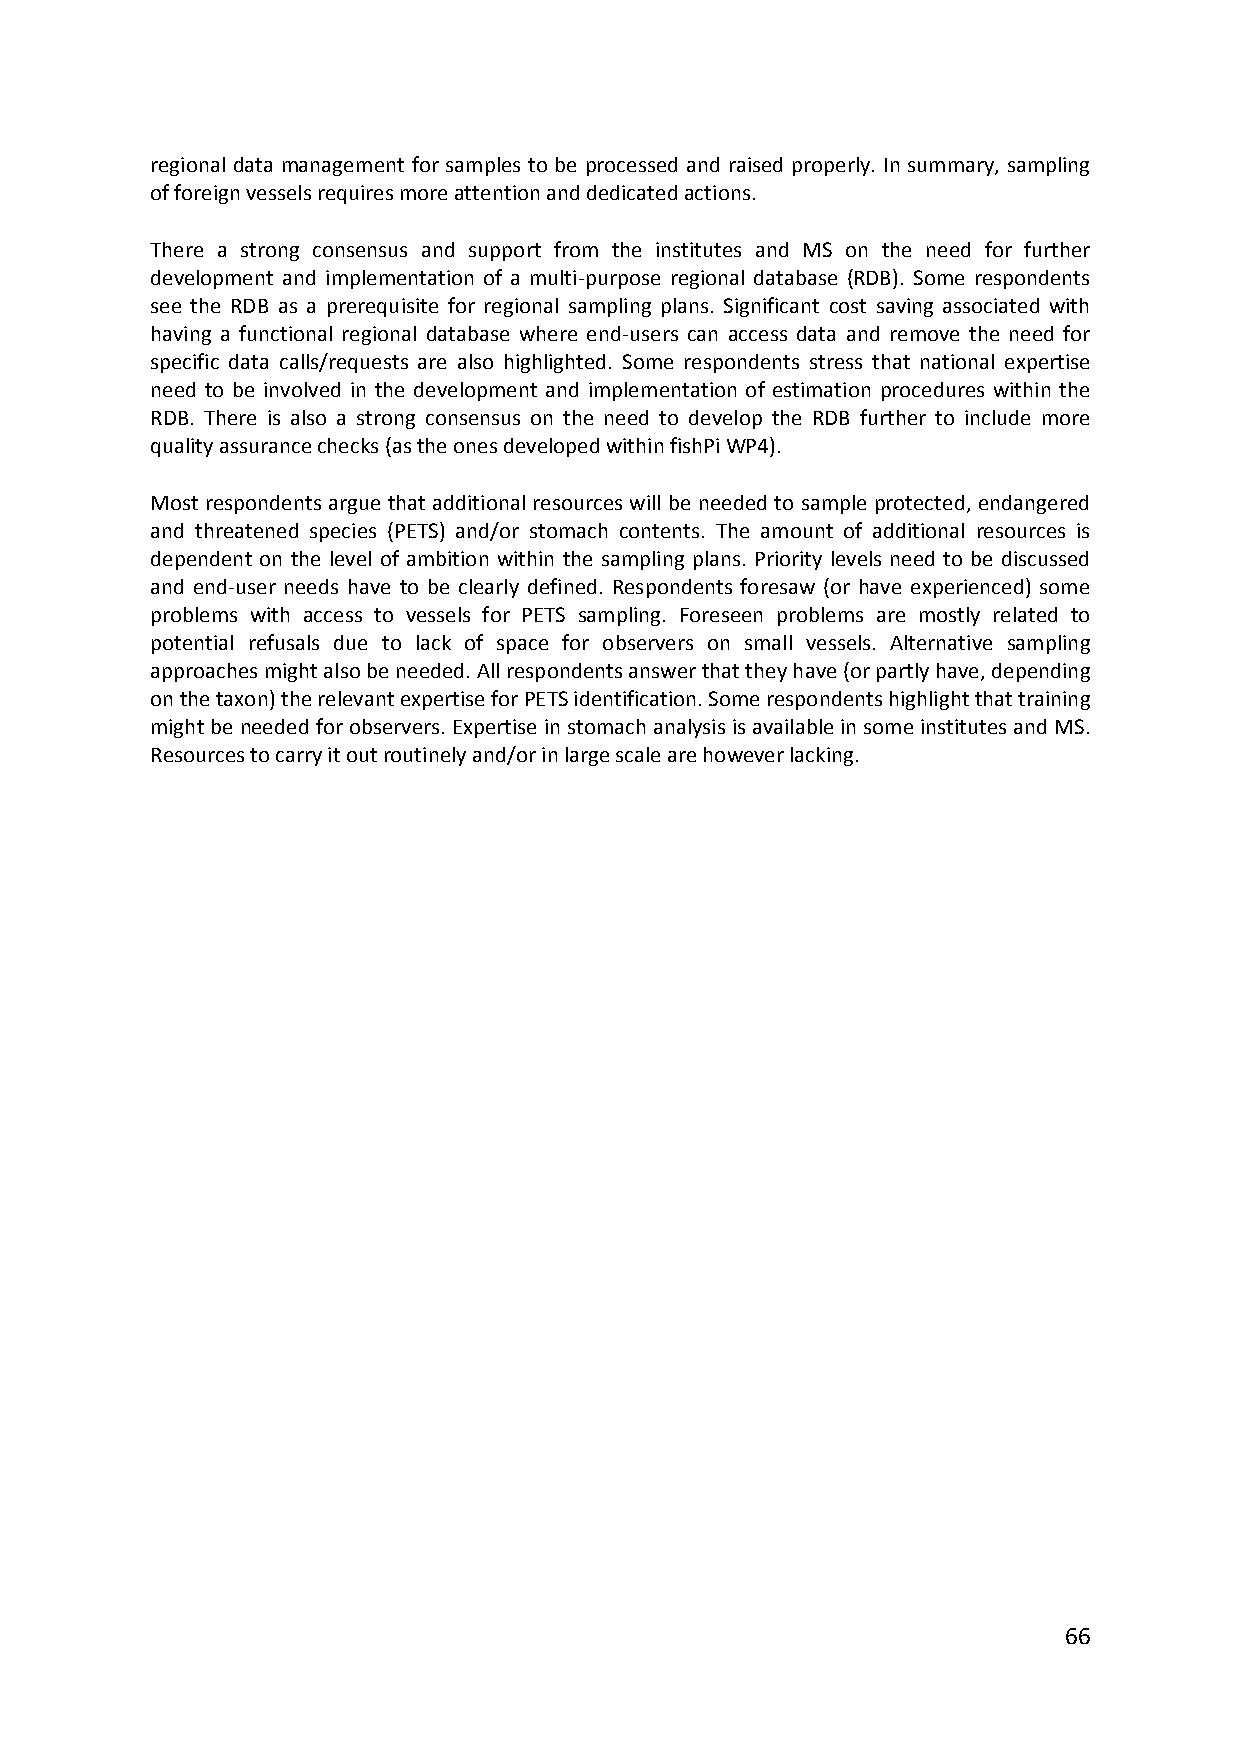
regional data management for samples to be processed and raised properly. In summary, sampling
 of foreign vessels requires more attention and dedicated actions.
 There a strong consensus and support from the institutes and MS on the need for further
 development and implementation of a multi‐purpose regional database (RDB). Some respondents
 see the RDB as a prerequisite for regional sampling plans. Significant cost saving associated with
 having a functional regional database where end‐users can access data and remove the need for
 specific data calls/requests are also highlighted. Some respondents stress that national expertise
 need to be involved in the development and implementation of estimation procedures within the
 RDB. There is also a strong consensus on the need to develop the RDB further to include more
 quality assurance checks (as the ones developed within fishPi WP4).
 Most respondents argue that additional resources will be needed to sample protected, endangered
 and threatened species (PETS) and/or stomach contents. The amount of additional resources is
 dependent on the level of ambition within the sampling plans. Priority levels need to be discussed
 and end‐user needs have to be clearly defined. Respondents foresaw (or have experienced) some
 problems with access to vessels for PETS sampling. Foreseen problems are mostly related to
 potential refusals due to lack of space for observers on small vessels. Alternative sampling
 approaches might also be needed. All respondents answer that they have (or partly have, depending
 on the taxon) the relevant expertise for PETS identification. Some respondents highlight that training
 might be needed for observers. Expertise in stomach analysis is available in some institutes and MS.
 Resources to carry it out routinely and/or in large scale are however lacking.
 66